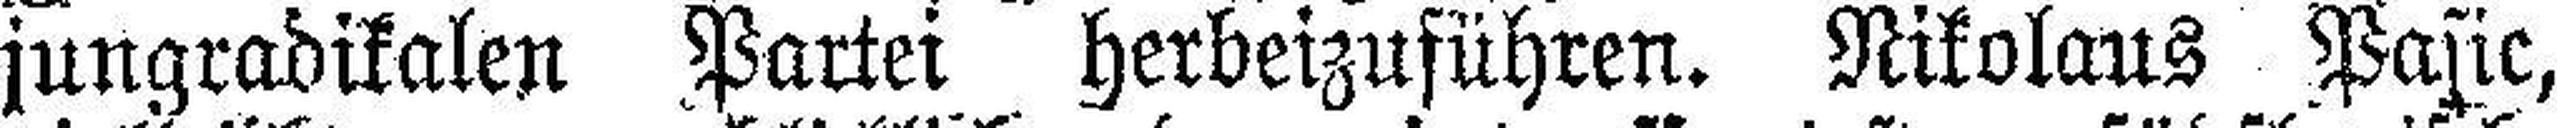
jungradikalen Partei herbeizuführen. Nikolaus Pasic,